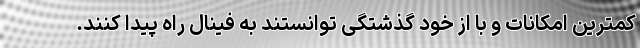
کمترین امکانات و با از خود گذشتگی توانستند به فینال راه پیدا کنند.